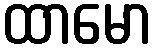
ထာမော